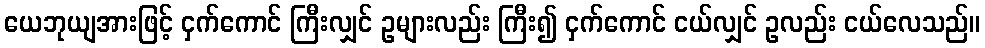
ယေဘုယျအားဖြင့် ငှက်ကောင် ကြီးလျှင် ဥများလည်း ကြီး၍ ငှက်ကောင် ငယ်လျှင် ဥလည်း ငယ်လေသည်။